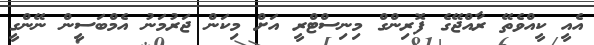
އެއީ ކީއްވެތޭ ރާއްޖޭގެ ފޮރިންގް މިނިސްޓްރީ އަށް މިކަން ޖަރުމަނު އެމްބަސީން ނޭންގީ